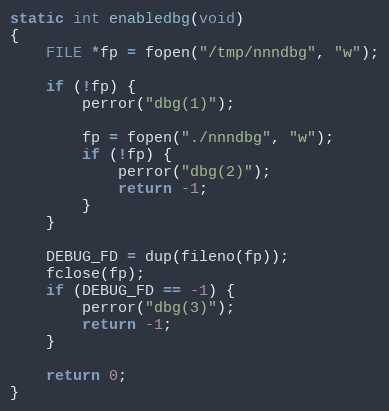
Language: C
static int enabledbg(void)
{
	FILE *fp = fopen("/tmp/nnndbg", "w");

	if (!fp) {
		perror("dbg(1)");

		fp = fopen("./nnndbg", "w");
		if (!fp) {
			perror("dbg(2)");
			return -1;
		}
	}

	DEBUG_FD = dup(fileno(fp));
	fclose(fp);
	if (DEBUG_FD == -1) {
		perror("dbg(3)");
		return -1;
	}

	return 0;
}